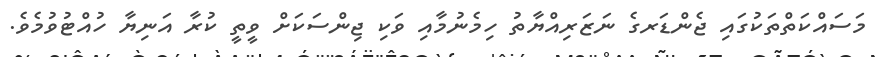
މަސައްކަތްތަކުގައި ޖެންޑަރގެ ނަޒަރިއްޔާތު ހިމެނުމާއި ވަކި ޖިންސަކަށް ވީތީ ކުރާ އަނިޔާ ހުއްޓުވުމެވެ.